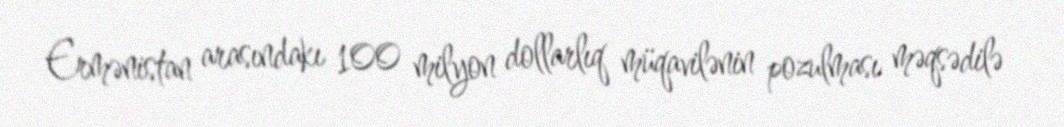
Ermənistan arasındakı 100 milyon dollarlıq müqavilənin pozulması məqsədilə